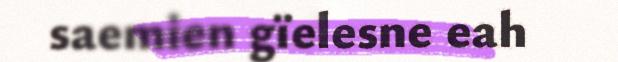
saemien gïelesne eah